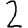
Digit: 2